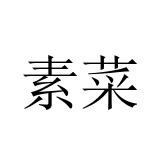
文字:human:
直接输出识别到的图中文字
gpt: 素菜